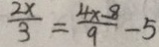
\frac { 2 x } { 3 } = \frac { 4 \times - 8 } { 9 } - 5